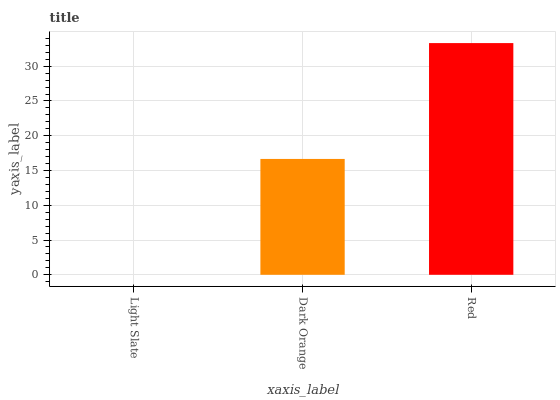
| xaxis_label | bars |
 | --- | --- |
 | Light Slate | 0 |
 | Dark Orange | 16.7 |
 | Red | 33.3 |